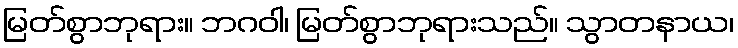
မြတ်စွာဘုရား။ ဘဂဝါ၊ မြတ်စွာဘုရားသည်။ သွာတနာယ၊